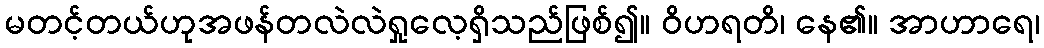
မတင့်တယ်ဟုအဖန်တလဲလဲရှုလေ့ရှိသည်ဖြစ်၍။ ဝိဟရတိ၊ နေ၏။ အာဟာရေ၊